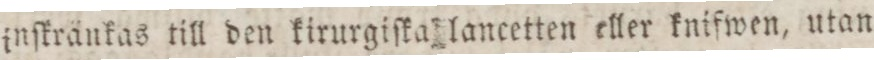
inſkränkas till den kriurgiſka lancetten eller knifwen, utan